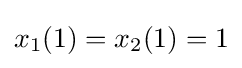
x_{1}(1)=x_{2}(1)=1